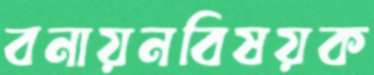
বনায়নবিষয়ক